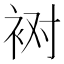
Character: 𰳸